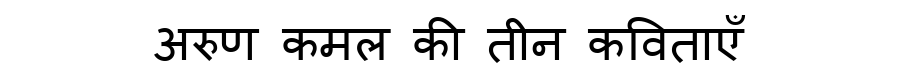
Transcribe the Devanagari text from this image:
अरुण कमल की तीन कविताएँ